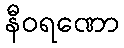
နီဝရဏော